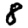
Digit: 8